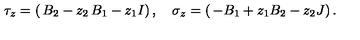
\tau _ { z } = \left( \begin{matrix} { B _ { 2 } - z _ { 2 } } & { B _ { 1 } - z _ { 1 } } & { I } \\ \end{matrix} \right) , \quad \sigma _ { z } = \left( \begin{matrix} { - B _ { 1 } + z _ { 1 } } \\ { B _ { 2 } - z _ { 2 } } \\ { J } \\ \end{matrix} \right) .